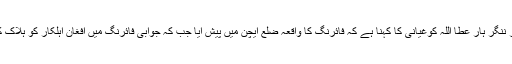
ترجمان گورنر ننگر ہار عطا اللہ کوغیانی کا کہنا ہے کہ فائرنگ کا واقعہ ضلع ایچن میں پیش آیا جب کہ جوابی فائرنگ میں افغان اہلکار کو ہلاک کیا جاچکا ہے۔